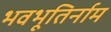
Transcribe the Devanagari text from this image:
भवभूतिर्नाम